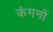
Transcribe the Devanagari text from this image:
कंगनों